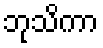
ဘုသိကာ